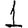
Digit: 1